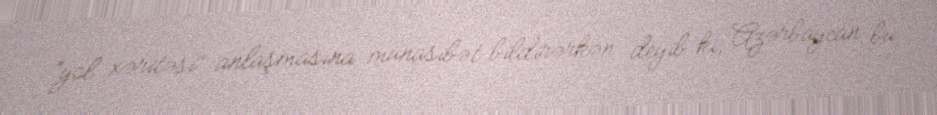
“yol xəritəsi” anlaşmasına münasibət bildirərkən deyib ki, Azərbaycan bu